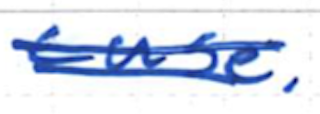
Text: case.
Cross-out: double-line
Writing tool: ballpoint